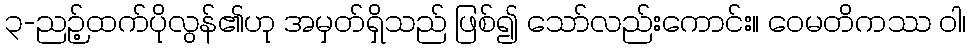
၃-ညဉ့်ထက်ပိုလွန်၏ဟု အမှတ်ရှိသည် ဖြစ်၍ သော်လည်းကောင်း။ ဝေမတိကဿ ဝါ၊